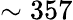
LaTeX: \sim 357